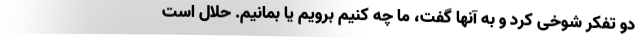
دو تفکر شوخی کرد و به آنها گفت، ما چه کنیم برویم یا بمانیم. حلال است